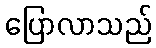
ပြောလာသည်